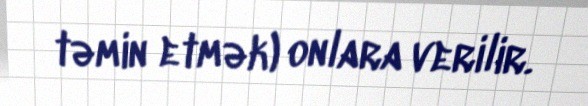
təmin etmək) onlara verilir.